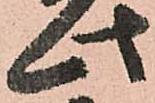
此